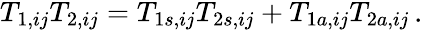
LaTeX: \begin{array}{r}{T_{1,ij}T_{2,ij}=T_{1s,ij}T_{2s,ij}+T_{1a,ij}T_{2a,ij}}\end{array}\, .